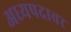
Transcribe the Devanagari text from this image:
अध्यपदावर